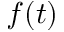
f ( t )